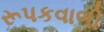
રૂપકવાળી